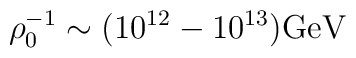
\rho^{-1}_0\sim (10^{12}-10^{13}){\rm GeV}